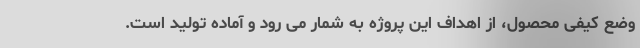
وضع کیفی محصول، از اهداف این پروژه به شمار می رود و آماده تولید است.